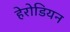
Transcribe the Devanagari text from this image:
हेरोडियन